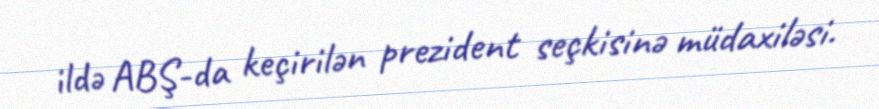
ildə ABŞ-da keçirilən prezident seçkisinə müdaxiləsi.